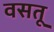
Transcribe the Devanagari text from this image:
वसतू